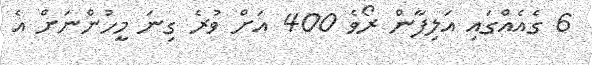
6 ގެއެއްގައި އަލިފާން ރޯވެ 400 އަށް ވުރެ ގިނަ މީހުންނަށް އެ